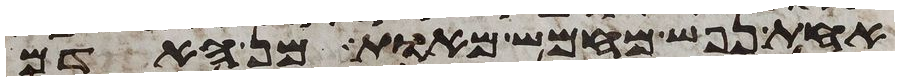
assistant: אחת נפש מחמש מאות מן האדם